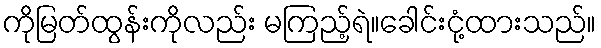
ကိုမြတ်ထွန်းကိုလည်း မကြည့်ရဲ။ခေါင်းငုံ့ထားသည်။